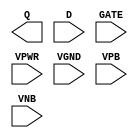
/**
 * Copyright 2020 The SkyWater PDK Authors
 *
 * Licensed under the Apache License, Version 2.0 (the "License");
 * you may not use this file except in compliance with the License.
 * You may obtain a copy of the License at
 *
 *     https://www.apache.org/licenses/LICENSE-2.0
 *
 * Unless required by applicable law or agreed to in writing, software
 * distributed under the License is distributed on an "AS IS" BASIS,
 * WITHOUT WARRANTIES OR CONDITIONS OF ANY KIND, either express or implied.
 * See the License for the specific language governing permissions and
 * limitations under the License.
 *
 * SPDX-License-Identifier: Apache-2.0
 */

`ifndef SKY130_FD_SC_HD__DLXTP_PP_BLACKBOX_V
`define SKY130_FD_SC_HD__DLXTP_PP_BLACKBOX_V

/**
 * dlxtp: Delay latch, non-inverted enable, single output.
 *
 * Verilog stub definition (black box with power pins).
 *
 * WARNING: This file is autogenerated, do not modify directly!
 */

`timescale 1ns / 1ps
`default_nettype none

(* blackbox *)
module sky130_fd_sc_hd__dlxtp (
    Q   ,
    D   ,
    GATE,
    VPWR,
    VGND,
    VPB ,
    VNB
);

    output Q   ;
    input  D   ;
    input  GATE;
    input  VPWR;
    input  VGND;
    input  VPB ;
    input  VNB ;
endmodule

`default_nettype wire
`endif  // SKY130_FD_SC_HD__DLXTP_PP_BLACKBOX_V